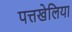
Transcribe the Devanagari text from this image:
पत्तखेलिया